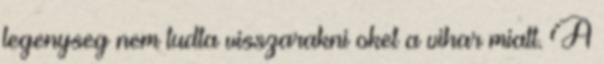
legenyseg nem tudta visszarakni oket a vihar miatt. A